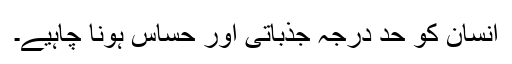
انسان کو حد درجہ جذباتی اور حساس ہونا چاہیے۔